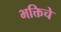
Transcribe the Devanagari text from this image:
भक्तिचे